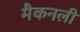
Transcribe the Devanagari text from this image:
मैकनली